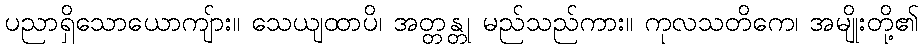
ပညာရှိသောယောကျ်ား။ သေယျထာပိ၊ အတ္တန္တု မည်သည်ကား။ ကုလသတိကေ၊ အမျိုးတို့၏